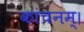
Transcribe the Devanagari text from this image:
कांचनम्।